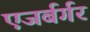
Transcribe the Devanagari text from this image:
एजर्बर्गर